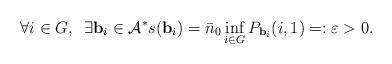
LaTeX: \begin{align*} \forall i \in G, \,\,\, \exists \mathbf {b}_i \in \mathcal{A}^* s(\mathbf {b}_i)= \bar n_0 \inf_{i \in G} P_{\mathbf {b}_i} (i, 1)=:\varepsilon>0.\end{align*}